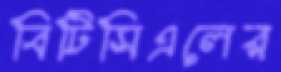
বিটিসিএলের